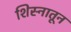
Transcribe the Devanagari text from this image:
शिस्नातून